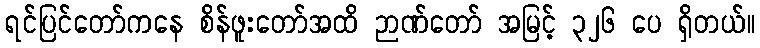
ရင်ပြင်တော်ကနေ စိန်ဖူးတော်အထိ ဉာဏ်တော် အမြင့် ၃၂၆ ပေ ရှိတယ်။